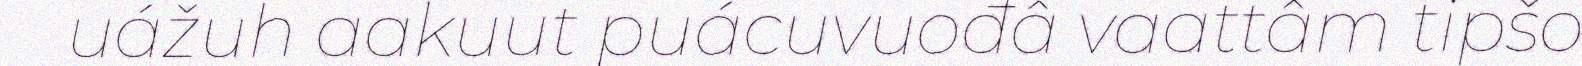
uážuh aakuut puácuvuođâ vaattâm tipšo